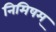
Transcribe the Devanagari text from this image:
निमिषम्